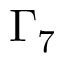
\Gamma _ { 7 }